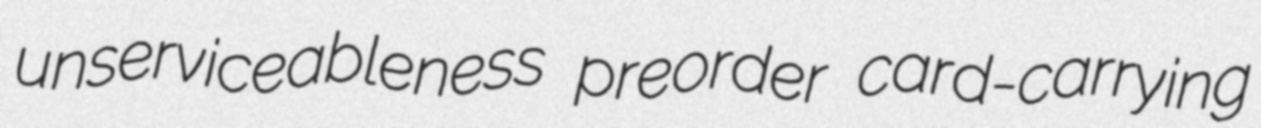
unserviceableness preorder card-carrying